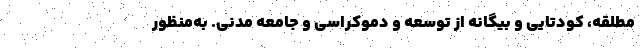
مطلقه، کودتایی و بیگانه از توسعه و دموکراسی و جامعه مدنی. به‌منظور